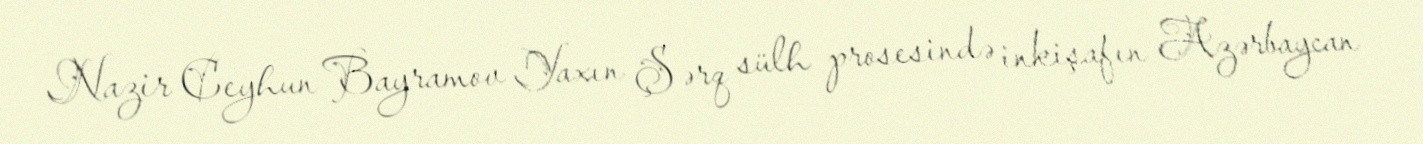
Nazir Ceyhun Bayramov Yaxın Şərq sülh prosesində inkişafın Azərbaycan